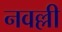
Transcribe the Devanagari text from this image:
नवल्ली